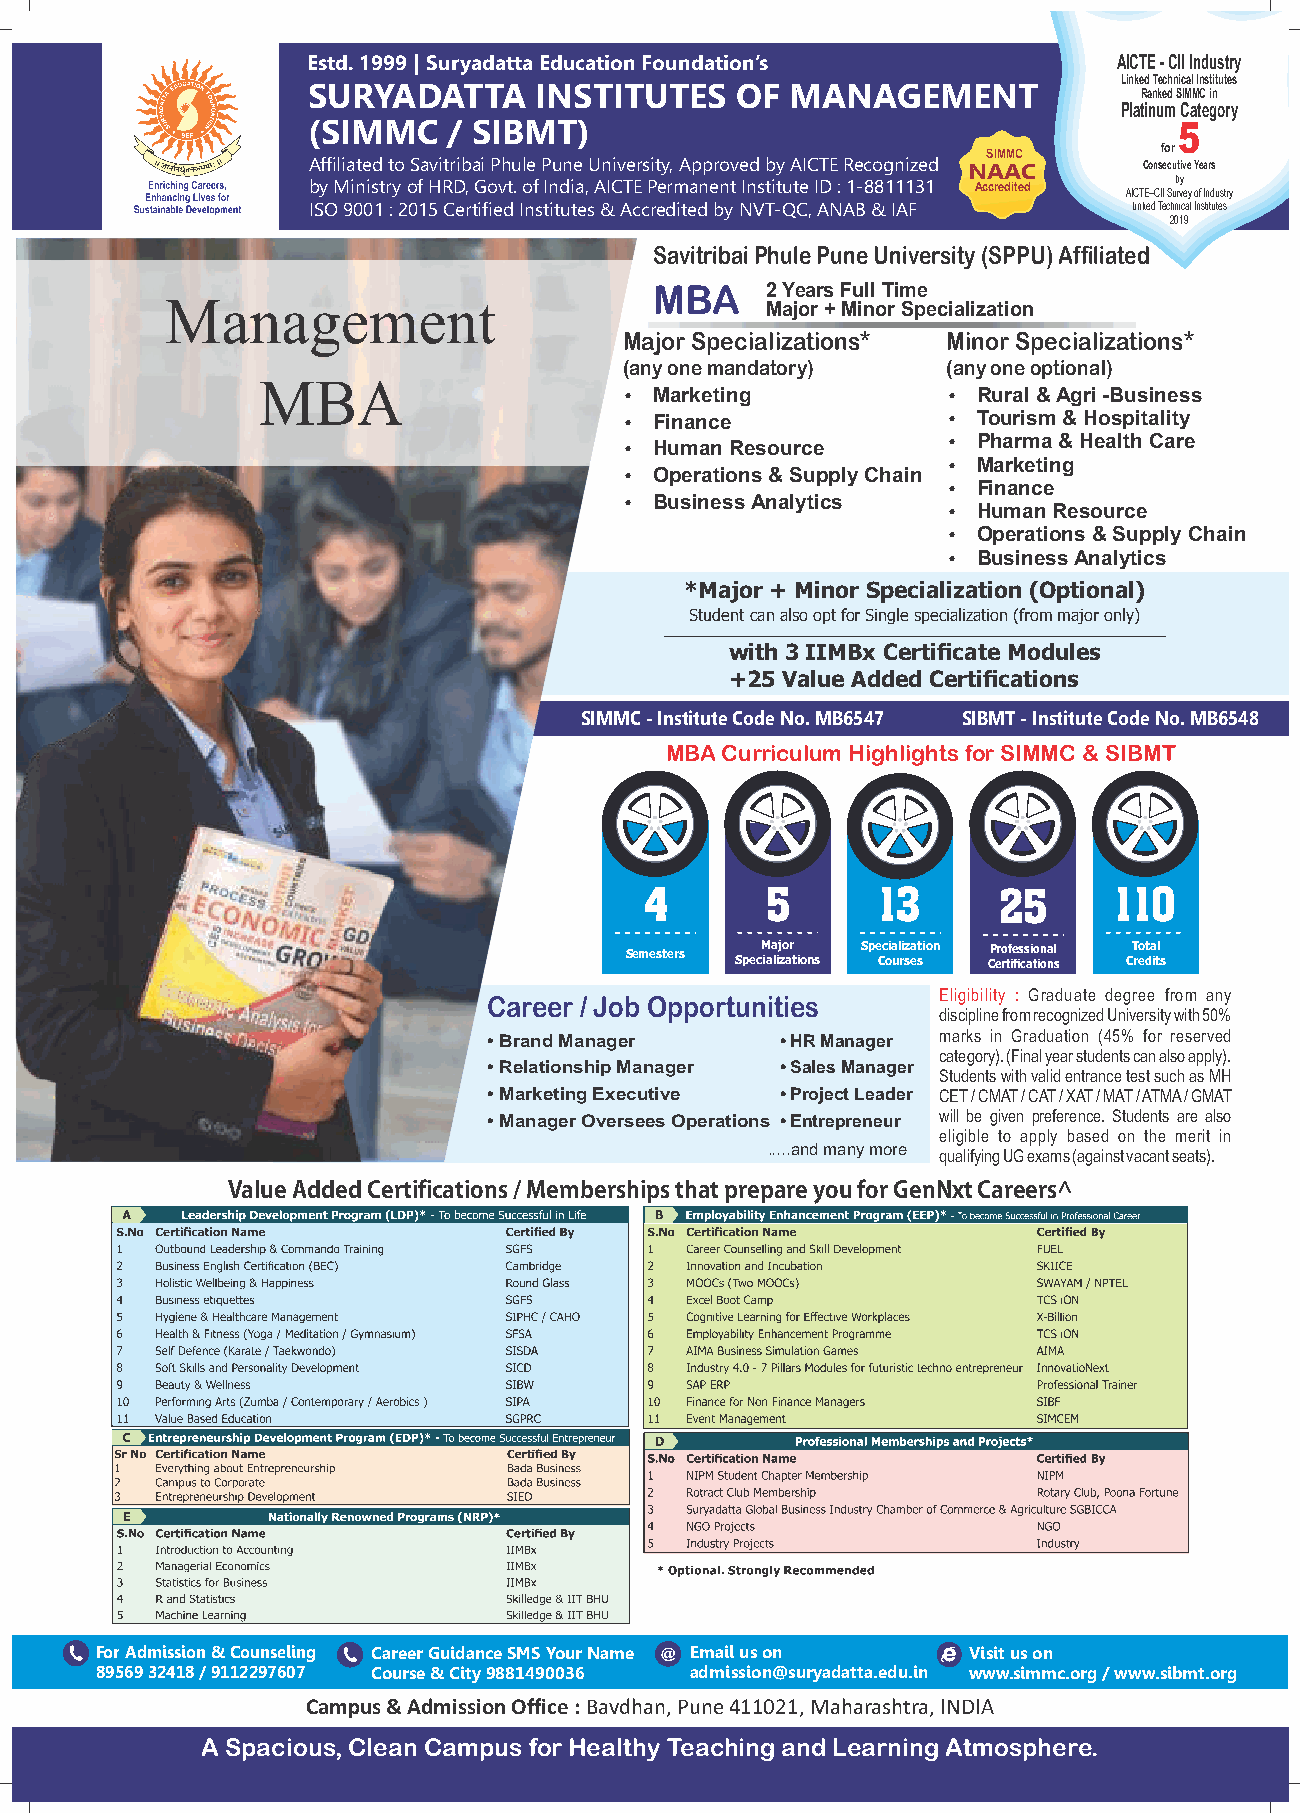
Estd. 1999 | Suryadatta Education Foundation’s        AICTE - CII Industry
 Linked Technical Institutes
 SURYADATTA     INSTITUTES    OF MANAGEMENT
 Ranked SIMMC in
 Platinum Category
 (SIMMC    / SIBMT)                                        5
 SIMMC       for
 Affiliated to Savitribai Phule Pune University, Approved by AICTE Recognized NAAC Consecutive Years
 by Ministry of HRD, Govt. of India, AICTE Permanent Institute ID : 1-8811131 Accredited AICTE–CII Sub ry v ey of Industry
 ISO 9001 : 2015 Certified Institutes & Accredited by NVT-QC, ANAB & IAF Linked Technical Institutes
 2019
 Savitribai Phule Pune University (SPPU) Affiliated
 MBA     2 Years Full Time
 Management                              Major + Minor Specialization
 Major Specializations* Minor Specializations*
 (any one mandatory)   (any one optional)
 MBA
 Ÿ Marketing           Ÿ Rural & Agri -Business
 Ÿ Finance             Ÿ Tourism & Hospitality
 Ÿ Human Resource      Ÿ Pharma & Health Care
 Ÿ Marketing
 Ÿ Operations & Supply Chain
 Ÿ Finance
 Ÿ Business Analytics
 Ÿ Human Resource
 Ÿ Operations & Supply Chain
 Ÿ Business Analytics
 *Major + Minor Specialization (Optional)
 Student can also opt for Single specialization (from major only)
 with 3 IIMBx Certificate Modules
 +25 Value Added Certifications
 SIMMC - Institute Code No. MB6547 SIBMT - Institute Code No. MB6548
 MBA Curriculum Highlights for SIMMC & SIBMT
 4       5      13      25      110
 Semesters Major Specialization Professional Total
 Specializations Courses Certifications Credits
 Eligibility : Graduate degree from any
 Career / Job Opportunities
 discipline from recognized University with 50%
 • Brand Manager     • HR Manager marks in Graduation (45% for reserved
 category). (Final year students can also apply).
 • Relationship Manager • Sales Manager
 Students with valid entrance test such as MH
 • Marketing Executive • Project Leader CET / CMAT / CAT / XAT / MAT / ATMA / GMAT
 • Manager Oversees Operations • Entrepreneur will be given preference. Students are also
 eligible to apply based on the merit in
 .....and many more qualifying UG exams (against vacant seats).
 ValueAddedCertifications/MembershipsthatprepareyouforGenNxtCareers^
 For Admission & Counseling Career Guidance SMS Your Name @ Email us on Visit us on
 89569 32418 / 9112297607 Course & City 9881490036 admission@suryadatta.edu.in www.simmc.org / www.sibmt.org
 Campus & Admission Office : Bavdhan, Pune 411021, Maharashtra, INDIA
 A Spacious, Clean Campus for Healthy Teaching and Learning Atmosphere.